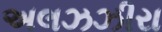
અલઝઝીરા